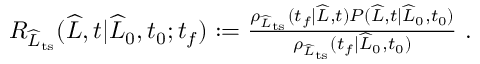
\begin{array} { r } { R _ { \widehat { L } _ { \mathrm { t s } } } ( \widehat { L } , t | \widehat { L } _ { 0 } , t _ { 0 } ; t _ { f } ) : = \frac { \rho _ { \widehat { L } _ { \mathrm { t s } } } ( t _ { f } | \widehat { L } , t ) P ( \widehat { L } , t | \widehat { L } _ { 0 } , t _ { 0 } ) } { \rho _ { \widehat { L } _ { \mathrm { t s } } } ( t _ { f } | \widehat { L } _ { 0 } , t _ { 0 } ) } \ . } \end{array}